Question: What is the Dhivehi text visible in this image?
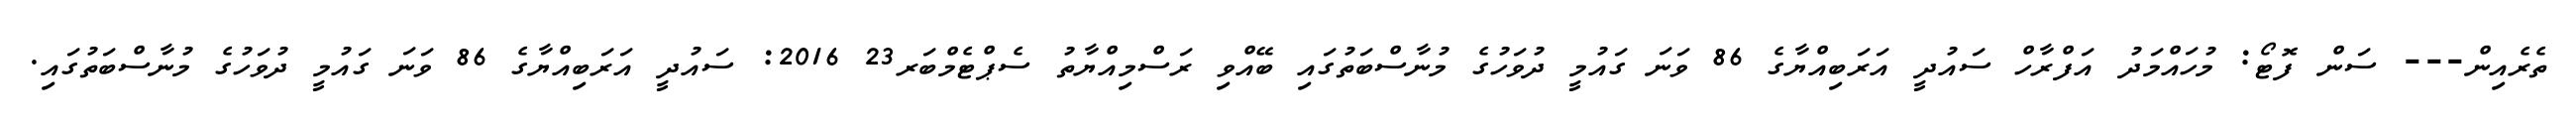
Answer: ތެރެއިން--- ސަން ފޮޓޯ: މުހައްމަދު އަފްރާހް ސައުދީ އަރަބިއްޔާގެ 86 ވަނަ ގައުމީ ދުވަހުގެ މުނާސްބަތުގައި ބޭއްވި ރަސްމިއްޔާތު ސެޕްޓެމްބަރ23 2016: ސައުދީ އަރަބިއްޔާގެ 86 ވަނަ ގައުމީ ދުވަހުގެ މުނާސްބަތުގައި.